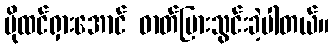
ပိုထင်ရှားအောင် ဓာတ်ပြားသွင်းခဲ့ပါတယ်။